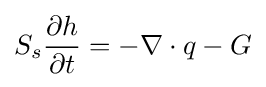
S_{s}{\frac {\partial h}{\partial t}}=-\nabla \cdot q-G